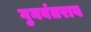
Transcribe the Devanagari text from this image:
गुनवंतराव